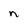
Character: n